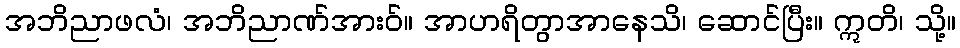
အဘိညာဖလံ၊ အဘိညာဏ်အားဝ်။ အာဟရိတွာအာနေသိ၊ ဆောင်ပြီး။ ဣတိ၊ သို့။